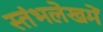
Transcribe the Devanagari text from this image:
स्‍तंभलेखमें